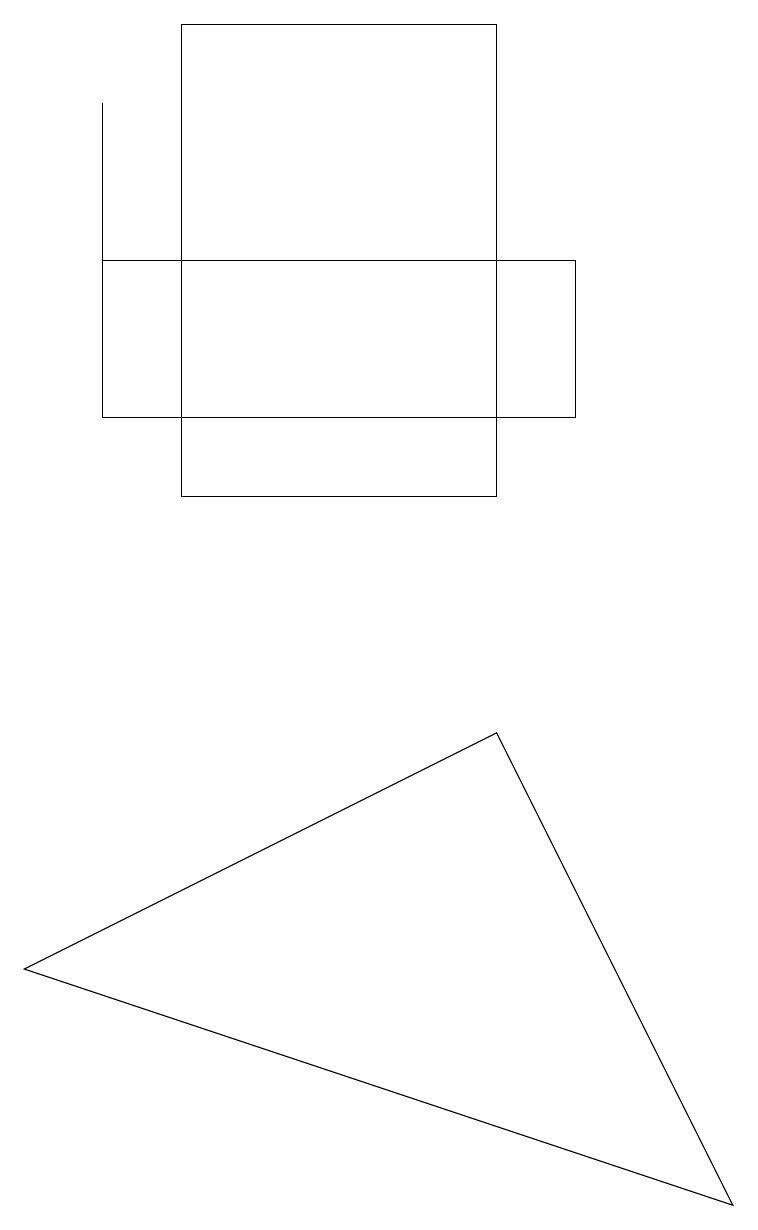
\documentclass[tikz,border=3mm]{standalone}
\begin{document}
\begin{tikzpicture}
\draw (1,15) rectangle (7,13);
\draw (1,17) rectangle (1,14);
\draw (6,9) -- (9,3) -- (0,6) -- cycle;
\draw (2,12) rectangle (6,18);
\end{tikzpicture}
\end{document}